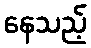
နေသည့်